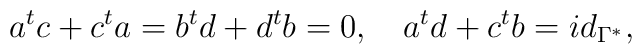
a^t c+c^t a=b^t d+d^t b=0,\quad a^t d+c^t b=id_{\Gamma^*},